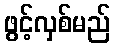
ဖွင့်လှစ်မည်